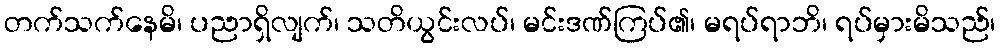
တက်သက်နေမိ၊ ပညာရှိလျက်၊ သတိယွင်းလပ်၊ မင်းဒဏ်ကြပ်၏၊ မရပ်ရာဘိ၊ ရပ်မှားမိသည်၊